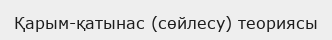
Қарым-қатынас (сөйлесу) теориясы